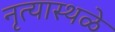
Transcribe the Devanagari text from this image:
नृत्यास्थळे